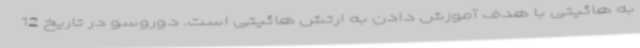
به هائیتی با هدف آموزش دادن به ارتش هائیتی است. دوروسو در تاریخ 12